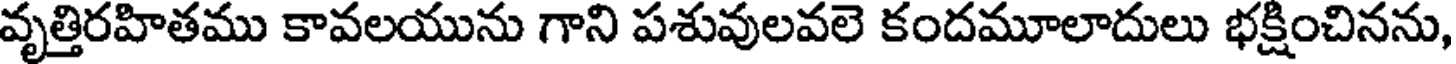
వృత్తిరహితము కావలయును గాని పశువులవలె కందమూలాదులు భక్షించినను,